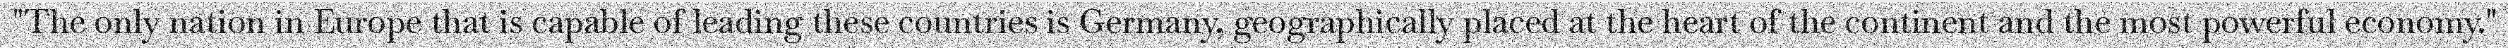
"The only nation in Europe that is capable of leading these countries is Germany, geographically placed at the heart of the continent and the most powerful economy."